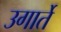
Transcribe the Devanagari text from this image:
उगार्ते